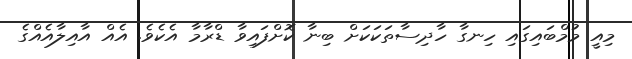
މިއީ މުމްބައިގައި ހިނގާ ހާދިސާތަކަކަށް ބިނާ ކޮށްފައިވާ ޑްރާމާ އެކެވެ. އެއް އާއިލާއެއްގެ